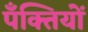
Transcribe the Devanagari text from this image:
पँक्तियों